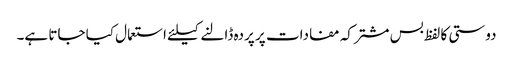
دوستی کا لفظ بس مشترکہ مفادات پر پردہ ڈالنے کیلئے استعمال کیا جاتا ہے۔